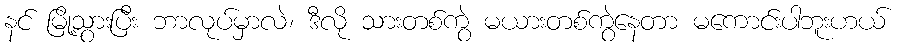
နင် မြို့သွားပြီး ဘာလုပ်မှာလဲ၊ ဒီလို သားတစ်ကွဲ မယားတစ်ကွဲနေတာ မကောင်းပါဘူးဟယ်